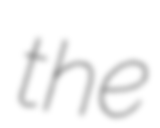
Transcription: the